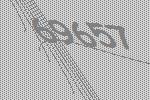
69657